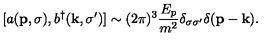
[ a ( { \bf p } , \sigma ) , b ^ { \dagger } ( { \bf k } , \sigma ^ { \prime } ) ] \sim ( 2 \pi ) ^ { 3 } { \frac { E _ { p } } { m ^ { 2 } } } \delta _ { \sigma \sigma ^ { \prime } } \delta ( { \bf p } - { \bf k } ) .